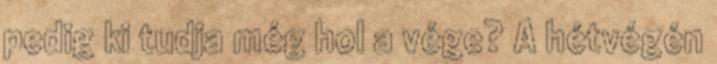
pedig ki tudja még hol a vége? A hétvégén